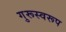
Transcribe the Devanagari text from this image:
गुरूस्वरूप